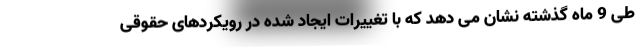
طی 9 ماه گذشته نشان می دهد که با تغییرات ایجاد شده در رویکردهای حقوقی